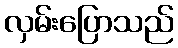
လှမ်းပြောသည်